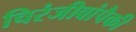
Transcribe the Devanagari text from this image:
चिरंजीवांपैकी